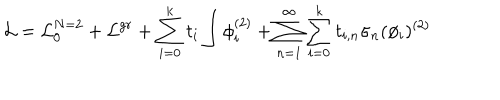
LaTeX: { \cal L } = { \cal L } _ { 0 } ^ { N = 2 } + { \cal L } ^ { g r } + \sum _ { i = 0 } ^ { k } t _ { i } \int \phi _ { i } ^ { ( 2 ) } + \sum _ { n = 1 } ^ { \infty } \sum _ { i = 0 } ^ { k } t _ { i , n } \sigma _ { n } ( \phi _ { i } ) ^ { ( 2 ) }